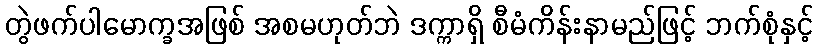
တွဲဖက်ပါမောက္ခအဖြစ် အစမဟုတ်ဘဲ ဒက္ကာရှိ စီမံကိန်းနာမည်ဖြင့် ဘက်စုံနှင့်